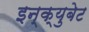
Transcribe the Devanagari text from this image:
इन्क्युबेट